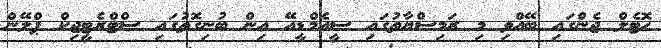
ހޮޓެލް ޖެންގައި ބޭއްވި މި ރަމިސްޔާތުގައި ސީއެމްޑީއޭ އިން ބުނިގޮތުގައި ސްޓްރެޓީޖިކް ޕްލޭން